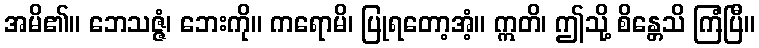
အမိ၏။ ဘေသဇ္ဇံ၊ ဘေးကို။ ကရောမိ၊ ပြုရတော့အံ့။ ဣတိ၊ ဤသို့ စိန္တေသိ ကြံပြီ။